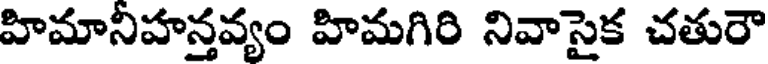
హిమానిహన్తవ్యం హిమగిరి నివాసైక చతురౌ